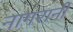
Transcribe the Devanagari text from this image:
नागरानी